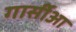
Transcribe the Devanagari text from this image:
गार्सीआ